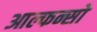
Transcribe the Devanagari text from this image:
आल्फन्सो